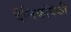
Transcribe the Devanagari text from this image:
दैनिकांपैकी